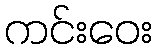
ကင်းဝေး